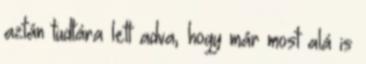
aztán tudtára lett adva, hogy már most alá is